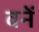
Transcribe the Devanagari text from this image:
वनें